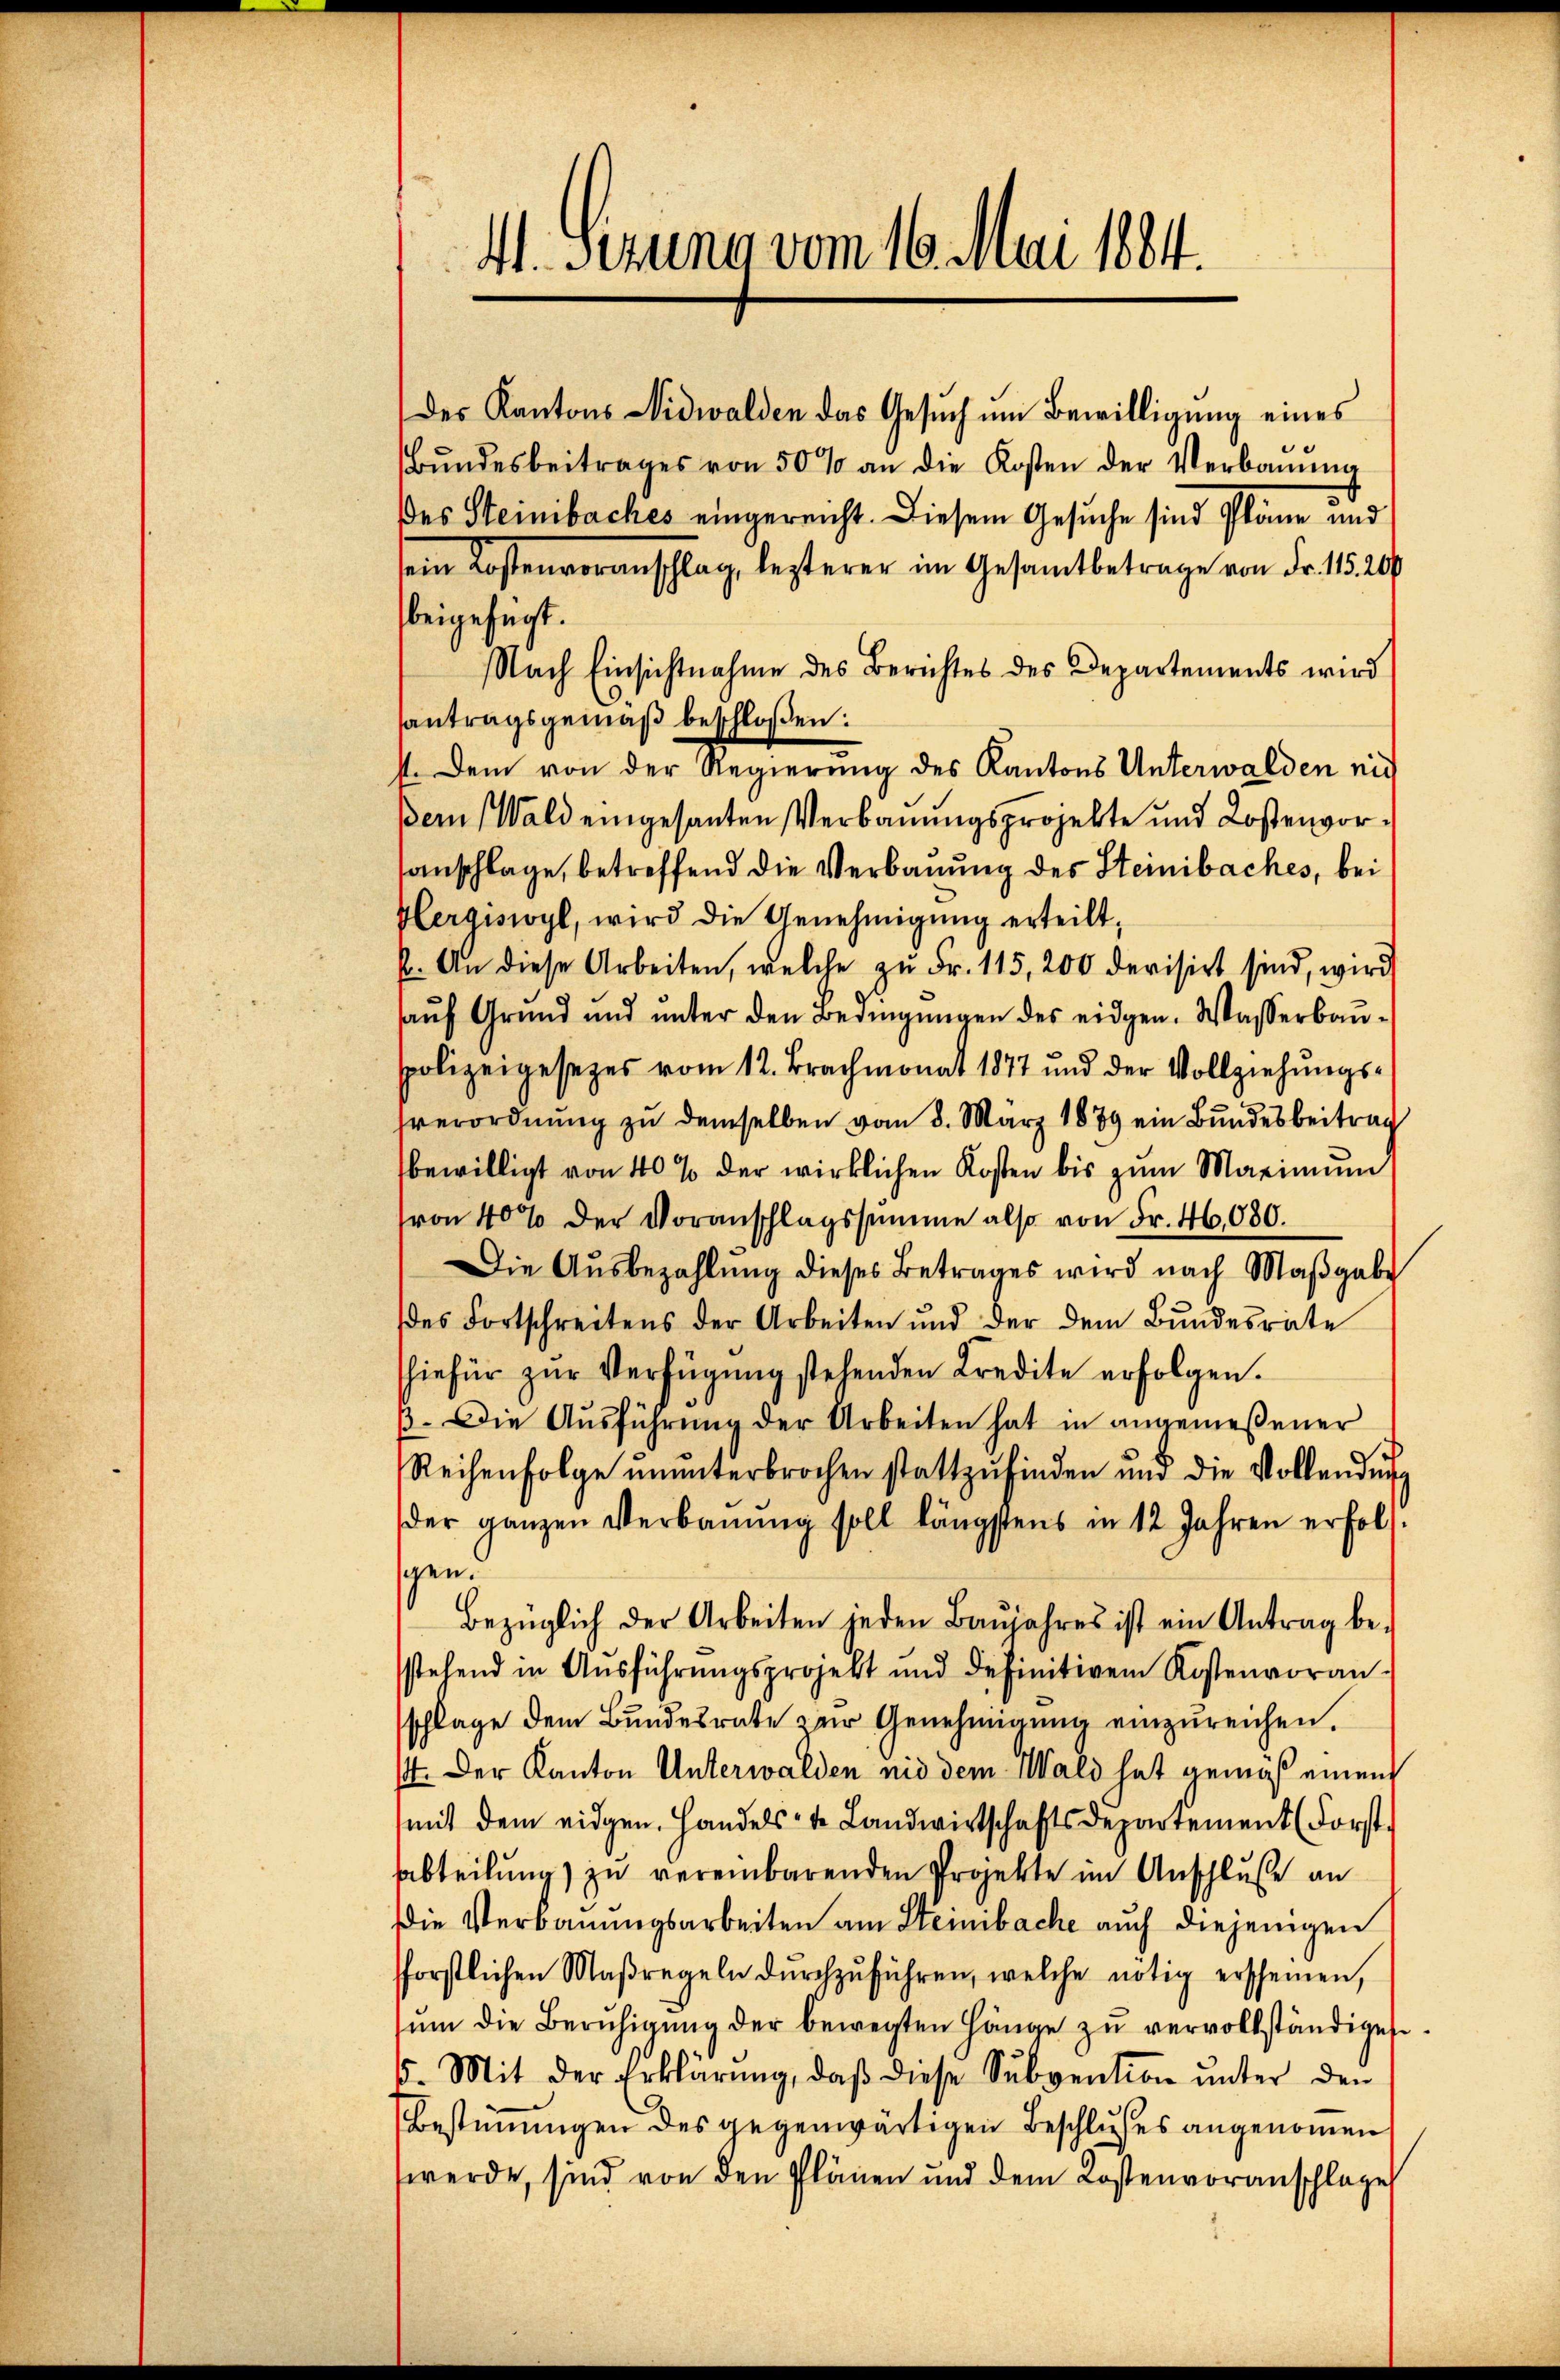
M. Gerung vom 16. Mai 1884.

Bŭndesbeitrages von 50 % an die Kosten der Verbaŭŭng
des Steinibaches eingereicht. Diesem Gesuche sind Pläne und
sein Kostenvoranschlag, lezterer im Gesamtbetrage von Fr. 1820
beigesagt.
Nach Einsichtnahme des Berichtes des Departements wird
santragsgemäß beschloßen:
st. Dem von der Regierung des Kantons Unterwalden nich
ßern (Wald eingesanten Verbauungsprojekte und Kostenvorsanschlage, betreffend die Verbauung des Steinibaches, bei
Hergiswyl, wird die Genehmigŭng erteilt;
p. An diese Arbeiten, welche zŭ Fr. 115, 200 devisirt sind, wird
aŭf Grund und unter den Bedingŭngen des eidgen. Wasserbaupolizeigesezes vom 12. Brachmonat 1877 und der Vollziehungssverordnung zu demselben vom 8. März 1879 ein Bundesbeitrag
bewilligt von 40% der wirklichen Kosten bis zum Marinum
(von 40% der Voranschlagssumme also von Fr. 46,080.
Die Aŭsbezahlŭng dieses Betrages wird nach Maβgabe
des Fortschreitens der Arbeiten und der dem Bŭndesrate
hiefür zŭr Verfügung stehenden Kredite erfolgen.
β. Die Aŭsführŭng der Arbeiten hat in angemeßener
Reihenfolge ŭnŭnterbrochen stattzŭfinden und die Vollendŭng
der ganzen Verbaŭŭng soll längstens in 12 Jahren erfol
gen.
bezüglich der Arbeiten jeden Baŭjahres ist ein Antrag be-
stehend in Aŭsführŭngsprojekt und definitiven Kostenvoran-
schlage dem Bundesrate zur Genehmigŭng einzŭreichen.
1. Der Kanton Unterwalden nid dem Wald hat gemäß einen
mit dem eidgen. Handelste Landwirtschaftsdepartement (Forst
abteilung) zu vereinbarenden Projekte im Anschluße an
Die Verbauungsarbeiten am Steinibache auch diejenigen
fforstlichen Maßregeln dŭrchzŭführen, welche nötig erscheinen,
ŭm die Berŭhigŭng der bewegten Hänge zŭ vervollständiges
15. Mit der Erklärung, daβ diese Subvention unter den
Bestimmungen des gegenwärtigen Beschlußes angenommen,
werde, sind von den Plänen und dem Kostenvoranschlage

des Kantons Nidwalden das Gesŭch ŭm Bewilligung eines